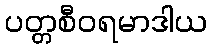
ပတ္တစီဝရမာဒါယ